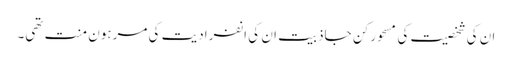
ان کی شخصیت کی مسحور کن جاذبیت ان کی انفرادیت کی مرہون منت تھی۔